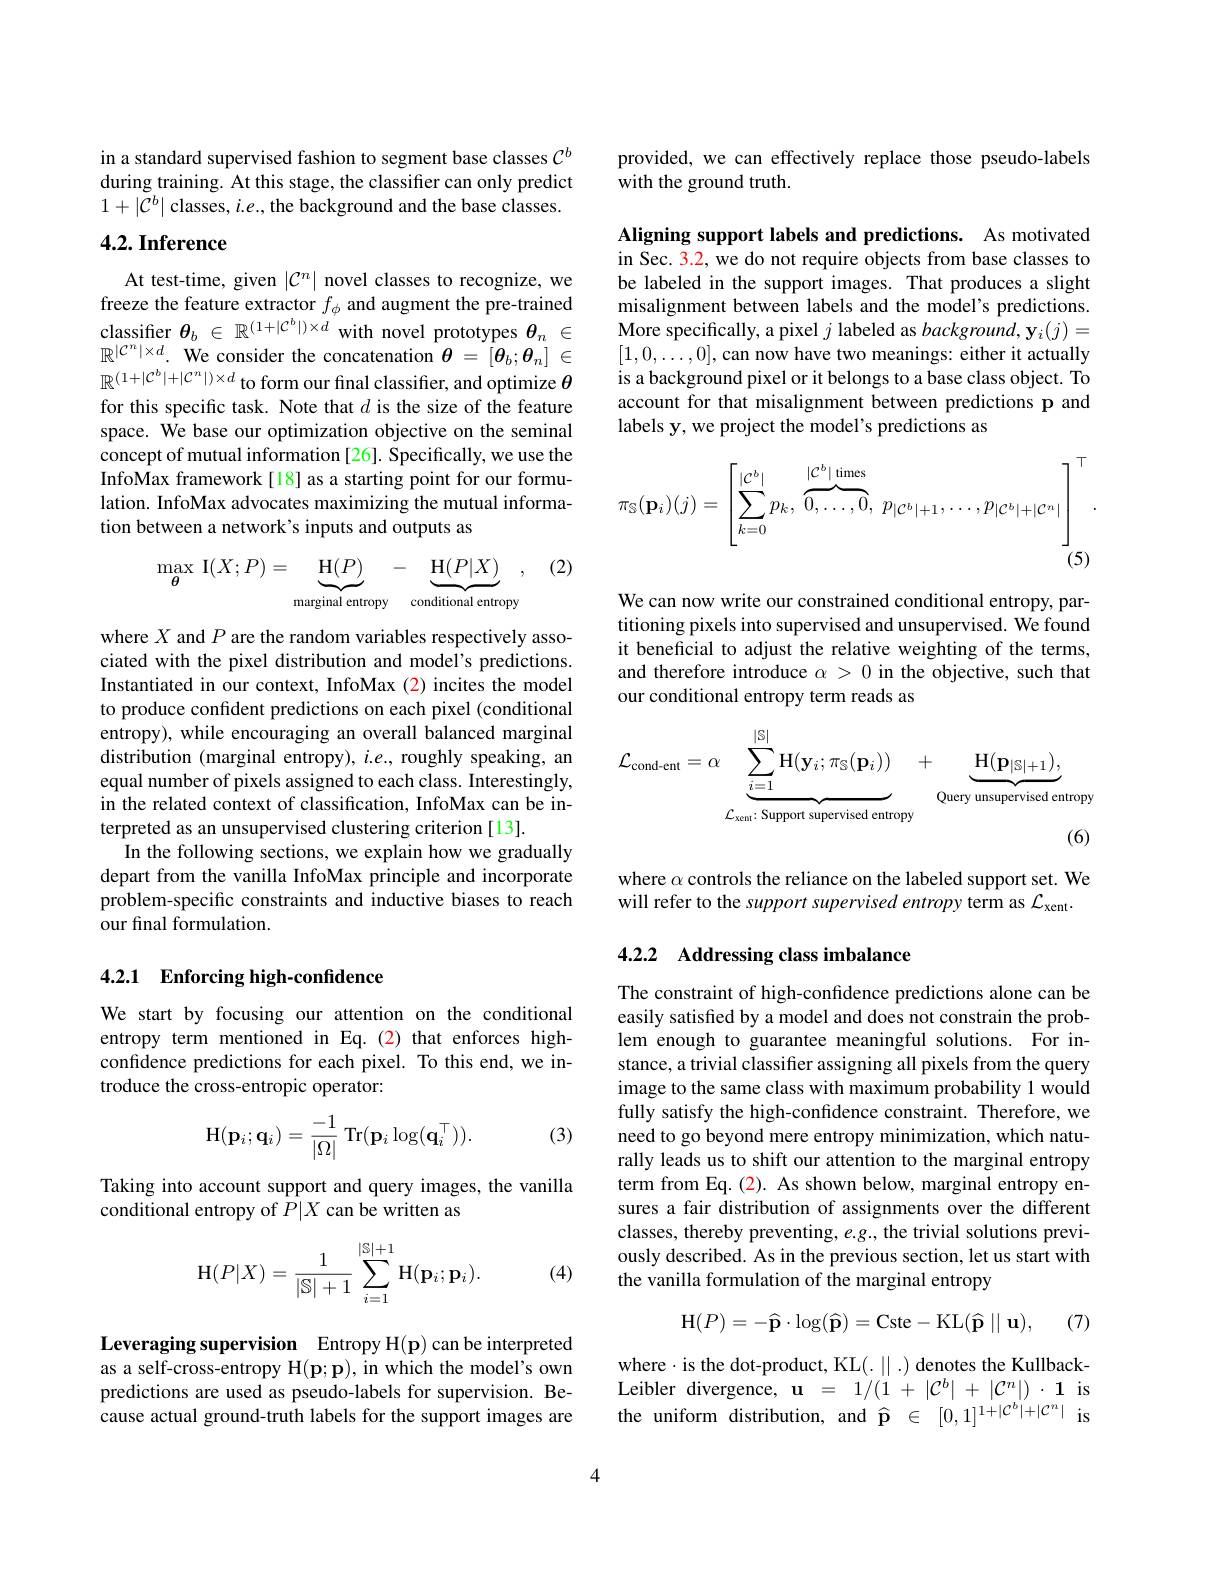
in a standard supervised fashion to segment base classes $C^b$ during training. At this stage, the classifier can only predict $1+|\mathcal{C}^b|$ classes, $i.e.$, the background and the base classes.

## $4. 2. \textbf{Inference}$

At test-time, given $|\mathcal{C}^n|$ novel classes to recognize, we freeze the feature extractor $f_\phi$ and augment the pre- trained classifier $\theta _b\in \mathbb{R} ^{( 1+ | C^b| ) \times d}$ with novel prototypes $\theta _n\in$ $\mathbb{R} ^{| \mathcal{C} ^n| \times d}.$ We consider the concatenation $\theta = [ \theta _b; \theta _n] \in$ $\mathbb{R}^{(1+|\mathcal{C}^b|+|\mathcal{C}^n|)\times d}$ to form our final classifier, and optimize $\theta$ for this specific task. Note that $d$ is the size of the feature space. We base our optimization objective on the seminal concept of mutual information [26]. Specifically, we use the InfoMax framework[18] as a starting point for our formulation. InfoMax advocates maximizing the mutual information between a network's inputs and outputs as

(2)
$$\max_{\boldsymbol{\theta}}\:\mathbf{I}(X;P)=\underbrace{\mathbf{H}(P)}_{\text{marginal entropy}}-\underbrace{\mathbf{H}(P|X)}_{\text{conditional entropy}}\:,$$
where $X$ and $P$ are the random variables respectively associated with the pixel distribution and model's predictions. Instantiated in our context, InfoMax (2) incites the model to produce confident predictions on each pixel (conditional entropy), while encouraging an overall balanced marginal distribution (marginal entropy), $i.e.$, roughly speaking, an equal number of pixels assigned to each class. Interestingly, in the related context of classification, InfoMax can be interpreted as an unsupervised clustering criterion[13].
In the following sections, we explain how we gradually depart from the vanilla InfoMax principle and incorporate problem-specific constraints and inductive biases to reach our final formulation.

## 4.2.1 $\textbf{Enforcing high- confidence}$

We start by focusing our attention on the conditional entropy term mentioned in Eq.(2) that enforces highconfidence predictions for each pixel. To this end, we introduce the cross-entropic operator:
$$\mathrm{H}(\mathbf{p}_i;\mathbf{q}_i)=\frac{-1}{|\Omega|}\:\mathrm{Tr}(\mathbf{p}_i\log(\mathbf{q}_i^\top)).$$
(3)

Taking into account support and query images, the vanilla
conditional entropy of $P|X$ can be written as
$$\mathrm H(P|X)=\dfrac{1}{|\mathrm S|+1}\sum_{i=1}^{|\mathrm S|+1}\mathrm H(\mathbf p_i;\mathbf p_i).$$
(4)

Leveraging supervision Entropy H(p) can be interpreted as a self-cross-entropy H(p;p), in which the model's own predictions are used as pseudo-labels for supervision. Because actual ground-truth labels for the support images are

provided, we can effectively replace those pseudo-labels
with the ground truth.

Aligning support labels and predictions. As motivated in Sec. 3.2, we do not require objects from base classes to be labeled in the support images. That produces a slight misalignment between labels and the model's predictions. More specifically, a pixel $j$ labeled as $background,\mathbf{y}_i(j)=$ $[1,0,\ldots,0]$,can now have two meanings: either it actually is a background pixel or it belongs to a base class object. To account for that misalignment between predictions p and labels y, we project the model's predictions as
$$\pi_{\mathbb{S}}(\mathbf{p}_i)(j)=\left[\sum_{k=0}^{|\mathcal{C}^b|}p_k,\overbrace{0,\ldots,0}^{|\mathcal{C}^b|\text{times}},\:p_{|\mathcal{C}^b|+1},\ldots,p_{|\mathcal{C}^b|+|\mathcal{C}^n|}\right]^\top.$$
We can now write our constrained conditional entropy, partitioning pixels into supervised and unsupervised. We found it beneficial to adjust the relative weighting of the terms, and therefore introduce $\alpha>0$ in the objective, such that our conditional entropy term reads as
$$\mathcal{L}_{\mathrm{cond-ent}}=\alpha\underbrace{\sum_{i=1}^{|\mathbb{S}|}\mathrm{H}(\mathbf{y}_{i};\pi_{\mathbb{S}}(\mathbf{p}_{i}))}_{\mathcal{L}_{\mathrm{xent}}:\text{Support supervised entropy}}+\underbrace{\mathrm{H}(\mathbf{p}_{|\mathbb{S}|+1}),}_{\text{Query unsupervised entropy}}$$
where $\alpha$ controls the reliance on the labeled support set. We
will refer to the support supervised entropy term as $\mathcal{L}_\mathrm{xent}.$

## 4.2.2 Addressing class imbalance

The constraint of high-confidence predictions alone can be easily satisfied by a model and does not constrain the problem enough to guarantee meaningful solutions. For instance, a trivial classifer assigning all pixels from the query image to the same class with maximum probability 1 would fully satisfy the high-confidence constraint. Therefore, we need to go beyond mere entropy minimization, which naturally leads us to shift our attention to the marginal entropy term from Eq.(2). As shown below, marginal entropy ensures a fair distribution of assignments over the different classes, thereby preventing, $e.g.$, the trivial solutions previously described. As in the previous section, let us start with the vanilla formulation of the marginal entropy
$$\mathrm{H}(P)=-\widehat{\mathbf{p}}\cdot\log(\widehat{\mathbf{p}})=\mathrm{Cste-KL}(\widehat{\mathbf{p}}\mid\mid\mathbf{u}),$$
(7)

where$\cdot$is the dot-product, KL(. ||.) denotes the KullbackLeibler divergence, $\mathbf{u}=1/(1+|\mathcal{C}^b|+|\mathcal{C}^n|)\cdot\mathbf{1}$ is the uniform distribution, and $\widehat{\mathbf{p} }$ $\in$ $[ 0, 1] ^{1+ | \mathcal{C} ^b| + | \mathcal{C} ^n| }$ is

4